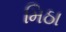
મિઠા